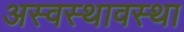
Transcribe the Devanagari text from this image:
अस्वस्थावस्था